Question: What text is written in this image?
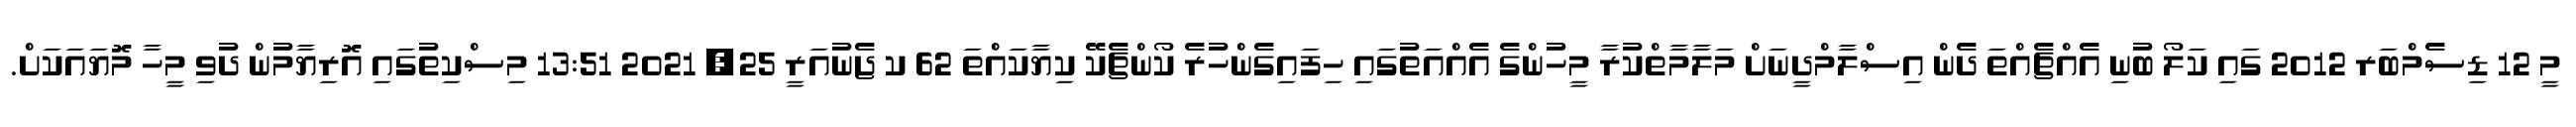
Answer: މީ 12 ޑިސެމްބަރ 2012 ގައި ކަލޯ ބުނި އެއްޗެއްތަ ދެން އިސްލާމްދީނަށް މަލާމާތްކުރާ މީހުންގެ އެއްއަތުގައި ހިފައިގެންހުރެ ކޯންޗެކޭ ކިޔާކައްތަ 62 ކ ޖެނުއަރީ 25, 2021 13:51 މިސްކިތުގައި އޮރިޔާމުން ދުވި މީހާ މޮޔައަކަށް.